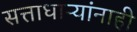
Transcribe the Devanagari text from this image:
सत्ताधाऱ्यांनाही